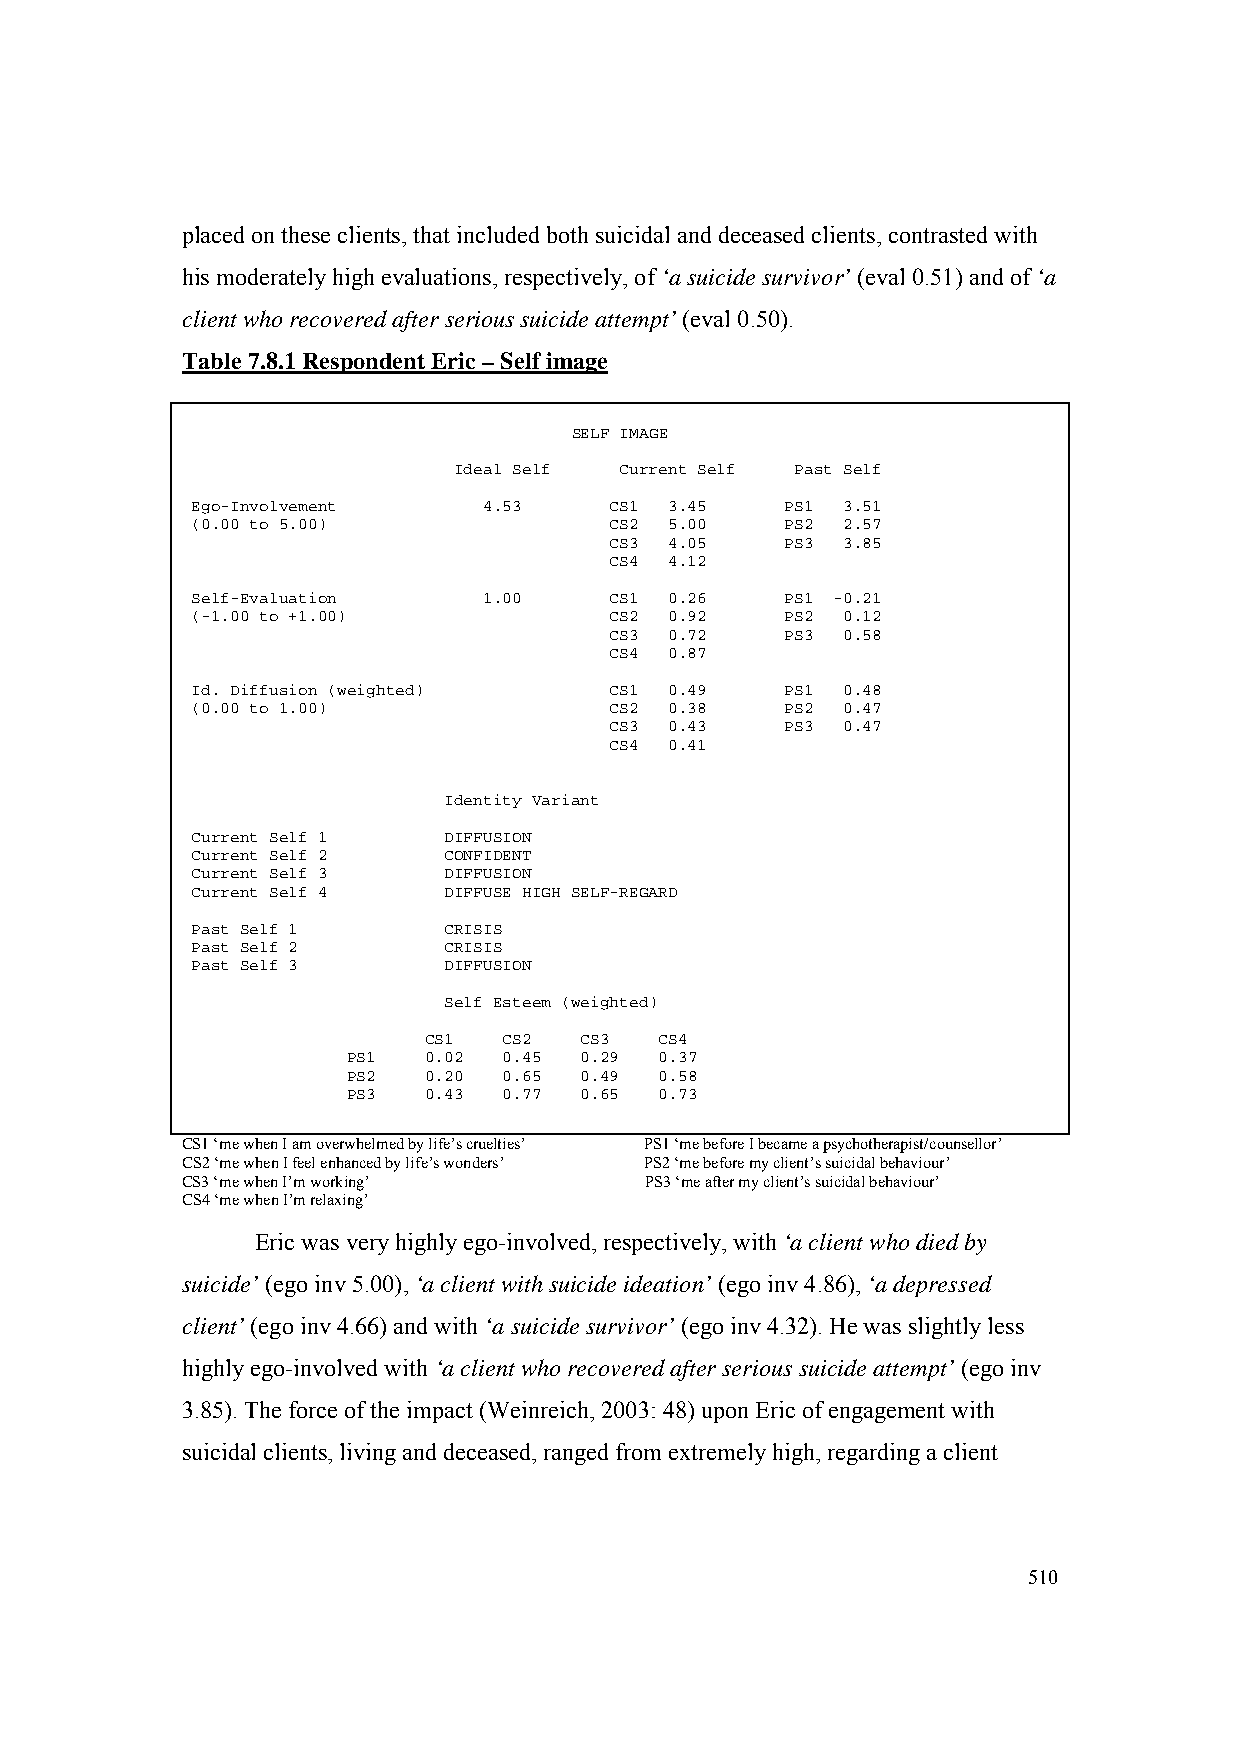
placed on these clients, that included both suicidal and deceased clients, contrasted with
 his moderately high evaluations, respectively, of ‘a suicide survivor’ (eval 0.51) and of ‘a
 client who recovered after serious suicide attempt’ (eval 0.50).
 Table 7.8.1 Respondent Eric – Self image
 SELF IMAGE
 Ideal Self Current Self Past Self
 Ego-Involvement    4.53    CS1 3.45    PS1 3.51
 (0.00 to 5.00)             CS2 5.00    PS2 2.57
 CS3 4.05    PS3 3.85
 CS4 4.12
 Self-Evaluation    1.00    CS1 0.26    PS1 -0.21
 (-1.00 to +1.00)           CS2 0.92    PS2 0.12
 CS3 0.72    PS3 0.58
 CS4 0.87
 Id. Diffusion (weighted)   CS1 0.49    PS1 0.48
 (0.00 to 1.00)             CS2 0.38    PS2 0.47
 CS3 0.43    PS3 0.47
 CS4 0.41
 Identity Variant
 Current Self 1  DIFFUSION
 Current Self 2  CONFIDENT
 Current Self 3  DIFFUSION
 Current Self 4  DIFFUSE HIGH SELF-REGARD
 Past Self 1     CRISIS
 Past Self 2     CRISIS
 Past Self 3     DIFFUSION
 Self Esteem (weighted)
 CS1  CS2  CS3   CS4
 PS1  0.02 0.45 0.29  0.37
 PS2  0.20 0.65 0.49  0.58
 PS3  0.43 0.77 0.65  0.73
 CS1 ‘me when I am overwhelmed by life’s cruelties’ PS1 ‘me before I became a psychotherapist/counsellor’
 CS2 ‘me when I feel enhanced by life’s wonders’ PS2 ‘me before my client’s suicidal behaviour’
 CS3 ‘me when I’m working’      PS3 ‘me after my client’s suicidal behaviour’
 CS4 ‘me when I’m relaxing’
 Eric was very highly ego-involved, respectively, with ‘a client who died by
 suicide’ (ego inv 5.00), ‘a client with suicide ideation’ (ego inv 4.86), ‘a depressed
 client’ (ego inv 4.66) and with ‘a suicide survivor’ (ego inv 4.32). He was slightly less
 highly ego-involved with ‘a client who recovered after serious suicide attempt’ (ego inv
 3.85). The force of the impact (Weinreich, 2003: 48) upon Eric of engagement with
 suicidal clients, living and deceased, ranged from extremely high, regarding a client
 510